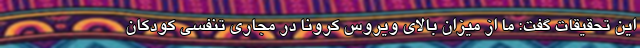
این تحقیقات گفت: ما از میزان بالای ویروس کرونا در مجاری تنفسی کودکان